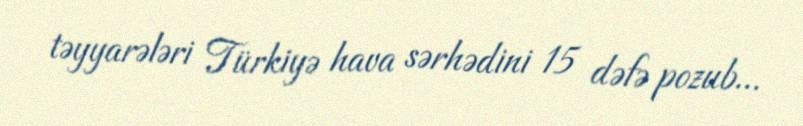
təyyarələri Türkiyə hava sərhədini 15 dəfə pozub...